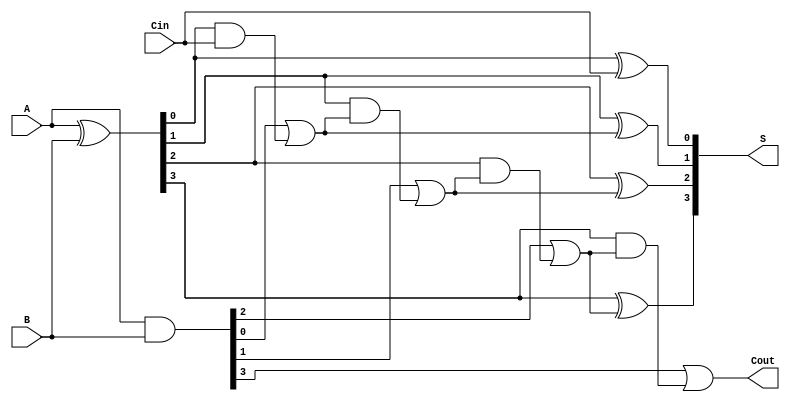
module SklanskyAdder #(parameter n = 4) (
    input  [n-1:0] A,      // First n-bit input
    input  [n-1:0] B,      // Second n-bit input
    input         Cin,      // Carry-in
    output [n-1:0] S,      // n-bit sum output
    output        Cout      // Carry-out
);

    // Generate and Propagate signals
    wire [n-1:0] G; // Generate signals
    wire [n-1:0] P; // Propagate signals
    wire [n:0] C;   // Carry signals

    // Generate and Propagate calculations
    assign G = A & B;             // G[i] = A[i] & B[i]
    assign P = A ^ B;             // P[i] = A[i] ^ B[i]

    // Carry calculations
    assign C[0] = Cin;            // C[0] = Cin
    genvar i;
    generate
        for (i = 1; i < n; i = i + 1) begin : carry_logic
            assign C[i] = G[i-1] | (P[i-1] & C[i-1]); // C[i] = G[i-1] | (P[i-1] & C[i-1])
        end
    endgenerate

    // Final carry-out
    assign Cout = G[n-1] | (P[n-1] & C[n-1]); // Cout = G[n-1] | (P[n-1] & C[n-1])

    // Sum calculation
    generate
        for (i = 0; i < n; i = i + 1) begin : sum_logic
            assign S[i] = P[i] ^ C[i]; // S[i] = P[i] ^ C[i]
        end
    endgenerate

endmodule